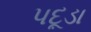
પદૂડા